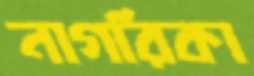
নাগরিকা